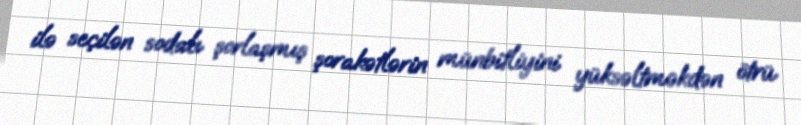
ilə seçilən sodalı şorlaşmış şorakətlərin münbitliyini yüksəltməkdən ötrü